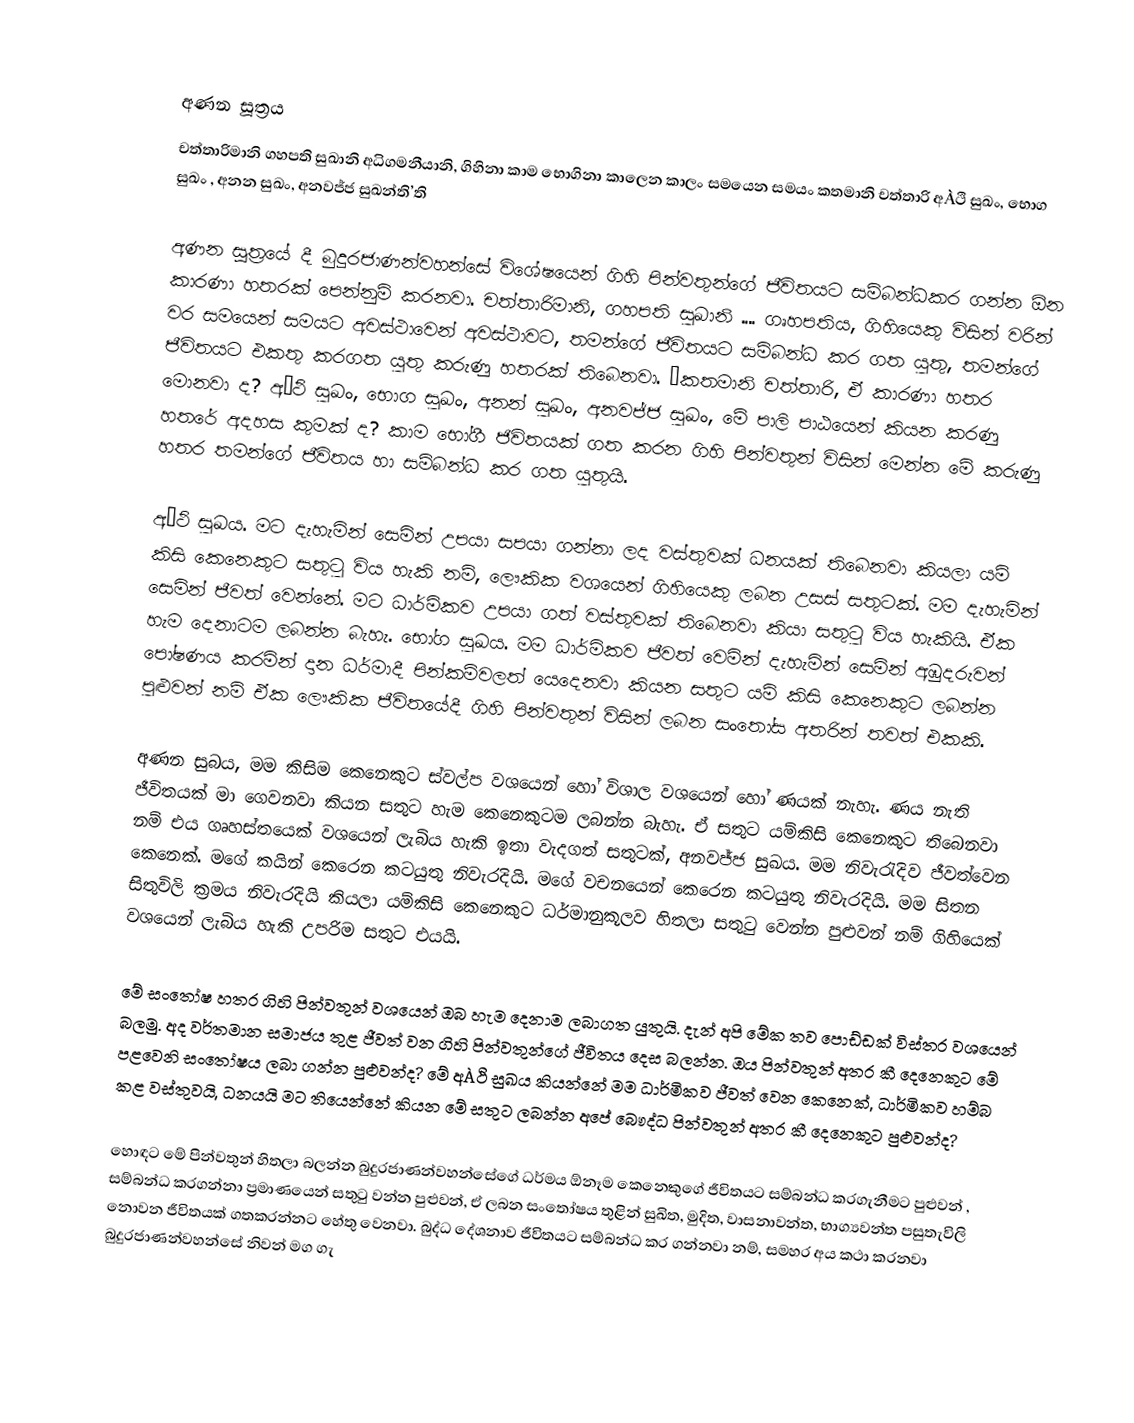

අණන සූත්‍රය
චත්තාරිමානි ගහපති සුඛානි අධිගමනීයානි, ගිහිනා කාම භොගිනා කාලෙන කාලං සමයෙන සමයං කතමානි චත්තාරි අÀථි සුඛං, භොග සුඛං , අනන සුඛං, අනවජ්ජ සුඛන්ති’ති

අණන සූත්‍රයේ දී බුදුරජාණන්වහන්සේ විශේෂයෙන් ගිහි පින්වතුන්ගේ ජීවිතයට සම්බන්ධකර ගන්න ඕන කාරණා හතරක් පෙන්නුම් කරනවා. චත්තාරිමානි, ගහපති සුඛානි .... ගෘහපතිය, ගිහියෙකු විසින් වරින් වර සමයෙන් සමයට අවස්ථාවෙන් අවස්ථාවට, තමන්ගේ ජීවිතයට සම්බන්ධ කර ගත යුතු, තමන්ගේ ජීවිතයට එකතු කරගත යුතු කරුණු හතරක් තිබෙනවා. “කතමානි චත්තාරි, ඒ කාරණා හතර මොනවා ද? අÀථි සුඛං, භොග සුඛං, අනන් සුඛං, අනවජ්ජ සුඛං, මේ පාලි පාඨයෙන් කියන කරණු හතරේ අදහස කුමක් ද? කාම භෝගී ජිවිතයක් ගත කරන ගිහි පින්වතුන් විසින් මෙන්න මේ කරුණු හතර තමන්ගේ ජීවිතය හා සම්බන්ධ කර ගත යුතුයි.

අÀථි සුඛය. මට දැහැමින් සෙමින් උපයා සපයා ගන්නා ලද වස්තුවක් ධනයක් තිබෙනවා කියලා යම් කිසි කෙනෙකුට සතුටු විය හැකි නම්, ලෞකික වශයෙන් ගිහියෙකු ලබන උසස් සතුටක්. මම දැහැමින් සෙමින් ජීවත් වෙන්නේ. මට ධාර්මිකව උපයා ගත් වස්තුවක් තිබෙනවා කියා සතුටු විය හැකියි. ඒක හැම දෙනාටම ලබන්න බැහැ. භෝග සුඛය. මම ධාර්මිකව ජීවත් වෙමින් දැහැමින් සෙමින් අඹුදරුවන් පෝෂණය කරමින් දාන ධර්මාදී පින්කම්වලත් යෙදෙනවා කියන සතුට යම් කිසි කෙනෙකුට ලබන්න පුළුවන් නම් ඒක ලෞකික ජීවිතයේදී ගිහි පින්වතුන් විසින් ලබන සංතෝස අතරින් තවත් එකකි.

අණන සුබය, මම කිසිම කෙනෙකුට ස්වල්ප වශයෙන් හෝ විශාල වශයෙන් හෝ ණයක් නැහැ. ණය නැති ජීවිතයක් මා ගෙවනවා කියන සතුට හැම කෙනෙකුටම ලබන්න බැහැ. ඒ සතුට යම්කිසි කෙනෙකුට තිබෙනවා නම් එය ගෘහස්තයෙක් වශයෙන් ලැබිය හැකි ඉතා වැදගත් සතුටක්, අනවජ්ජ සුඛය. මම නිවැරැදිව ජීවත්වෙන කෙනෙක්. මගේ කයින් කෙරෙන කටයුතු නිවැරදියි. මගේ වචනයෙන් කෙරෙන කටයුතු නිවැරදියි. මම සිතන සිතුවිලි ක්‍රමය නිවැරදියි කියලා යම්කිසි කෙනෙකුට ධර්මානුකූලව හිතලා සතුටු වෙන්න පුළුවන් නම් ගිහියෙක් වශයෙන් ලැබිය හැකි උපරිම සතුට එයයි.

මේ සංතෝෂ හතර ගිහි පින්වතුන් වශයෙන් ඔබ හැම දෙනාම ලබාගත යුතුයි. දැන් අපි මේක තව පොඩ්ඩක් විස්තර වශයෙන් බලමු. අද වර්තමාන සමාජය තුළ ජීවත් වන ගිහි පින්වතුන්ගේ ජීවිතය දෙස බලන්න. ඔය පින්වතුන් අතර කී දෙනෙකුට මේ පළවෙනි සංතෝෂය ලබා ගන්න පුළුවන්ද? මේ අÀථි සුඛය කියන්නේ මම ධාර්මිකව ජීවත් වෙන කෙනෙක්, ධාර්මිකව හම්බ කළ වස්තුවයි, ධනයයි මට තියෙන්නේ කියන මේ සතුට ලබන්න අපේ බෞද්ධ පින්වතුන් අතර කී දෙනෙකුට පුළුවන්ද?

හොඳට මේ පින්වතුන් හිතලා බලන්න බුදුරජාණන්වහන්සේගේ ධර්මය ඕනෑම කෙනෙකුගේ ජීවිතයට සම්බන්ධ කරගැනීමට පුළුවන් , සම්බන්ධ කරගන්නා ප්‍රමාණයෙන් සතුටු වන්න පුළුවන්, ඒ ලබන සංතෝෂය තුළින් සුඛිත, මුදිත, වාසනාවන්ත, භාග්‍යවන්ත පසුතැවිලි නොවන ජීවිතයක් ගතකරන්නට හේතු වෙනවා. බුද්ධ දේශනාව ජීවිතයට සම්බන්ධ කර ගන්නවා නම්, සමහර අය කථා කරනවා බුදුරජාණන්වහන්සේ නිවන් මග ගැ